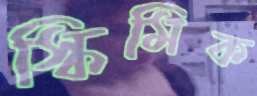
স্কিমিক